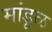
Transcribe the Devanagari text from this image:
मांडूळ